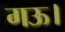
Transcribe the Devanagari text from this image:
गऊ।